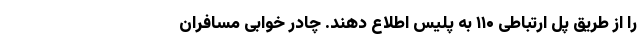
را از طریق پل ارتباطی ۱۱۰ به پلیس اطلاع دهند. چادر خوابی مسافران